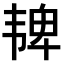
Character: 𫖓